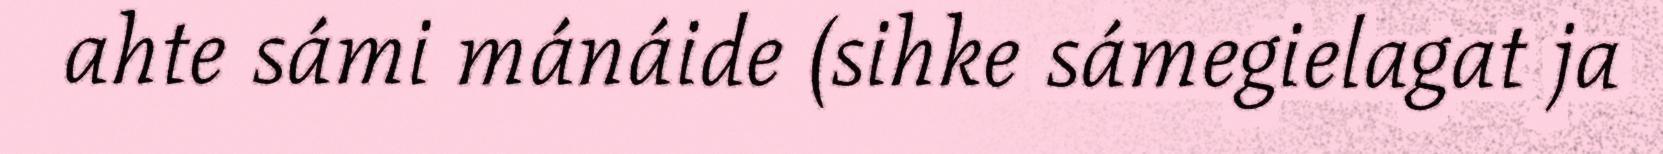
ahte sámi mánáide (sihke sámegielagat ja